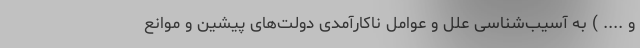
و .... ) به آسیب‌شناسی علل و عوامل ناکارآمدی دولت‌های پیشین و موانع